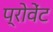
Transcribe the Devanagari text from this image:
प्रोवेंट